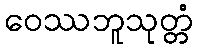
ဝေဿဘူသုတ္တံ